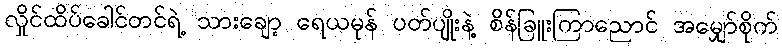
လှိုင်ထိပ်ခေါင်တင်ရဲ့ သားချော့ ရေယမုန် ပတ်ပျိုးနဲ့ စိန်ခြူးကြာညောင် အမျှော်စိုက်